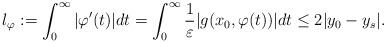
LaTeX: \begin{align*}l_{\varphi}:=\int_{0}^{\infty}|\varphi'(t)|dt=\int_{0}^{\infty}\frac{1}{\varepsilon}|g(x_{0},\varphi(t))|dt\leq2|y_{0}-y_{s}|.\end{align*}